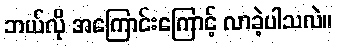
ဘယ်လို အကြောင်းကြောင့် လာခဲ့ပါသလဲ။